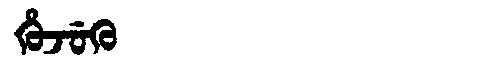
Manchu: ᡥᡠᠵᡠᡴᡠ
Romanization: HUJUKU